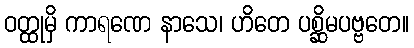
ဝတ္ထုမှိ ကာရဏေ နာသေ၊ ဟိတေ ပစ္ဆိမပဗ္ဗတေ။